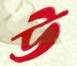
উ